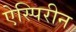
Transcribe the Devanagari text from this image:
ऐस्पिरीन